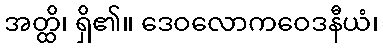
အတ္ထိ၊ ရှိ၏။ ဒေဝလောကဝေဒနီယံ၊